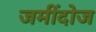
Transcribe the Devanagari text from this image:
जमींदोज